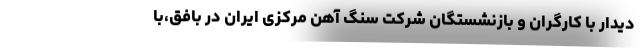
دیدار با کارگران و بازنشستگان شرکت سنگ آهن مرکزی ایران در بافق،با